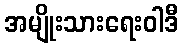
အမျိုးသားရေးဝါဒီ